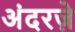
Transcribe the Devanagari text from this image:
अंदरज़े